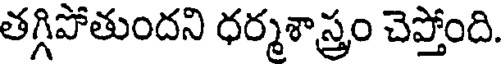
తగ్గిపోతుందని ధర్మశాస్త్రం చెప్తోంది.